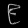
Digit: ၉